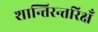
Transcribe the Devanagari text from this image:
शान्तिरन्तरिक्षँ